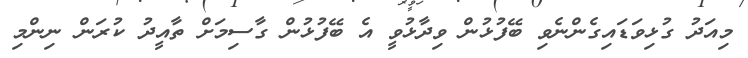
މިއަދު ގުޅިވަޑައިގެންނެވި ބޭފުޅުން ވިދާޅުވީ އެ ބޭފުޅުން ގާސިމަށް ތާއީދު ކުރަން ނިންމި